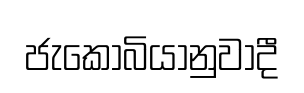
ජැකොබියානුවාදී